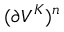
( \partial V ^ { K } ) ^ { n }